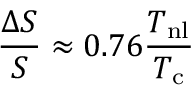
\frac { \Delta S } { S } \approx 0 . 7 6 \frac { T _ { \mathrm { n l } } } { T _ { \mathrm { c } } }